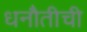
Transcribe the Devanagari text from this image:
धनौतीची